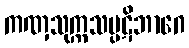
ကဏှသုက္ကသပ္ပဋိဘာဂေ